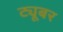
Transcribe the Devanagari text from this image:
ट्यूबर